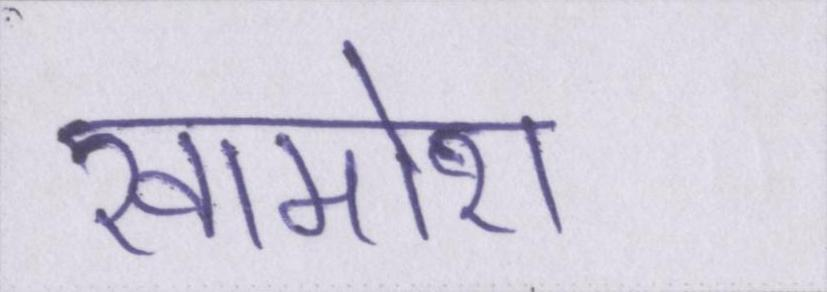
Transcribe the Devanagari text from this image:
खामोश